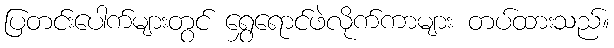
ပြတင်းပေါက်များတွင် ရွှေရောင်ဖဲလိုက်ကာများ တပ်ထားသည်။